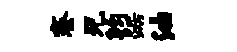
寮兄钧踞油